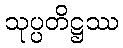
သုပ္ပတိဋ္ဌဿ